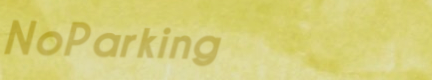
NoParking